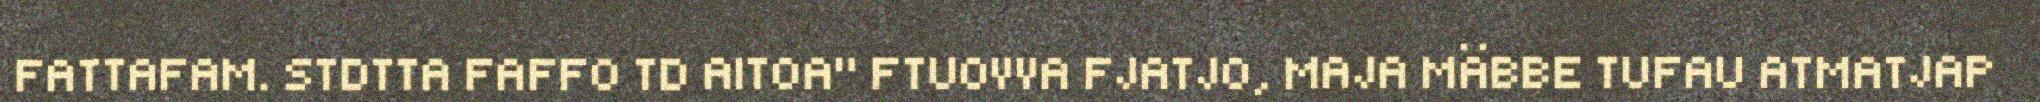
FATTAFAM. STDTTA FAFFO TD AITOA" FTUOVVA FJATJO, MAJA MÄBBE TUFAU ATMATJAP